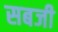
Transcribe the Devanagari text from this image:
सबजी